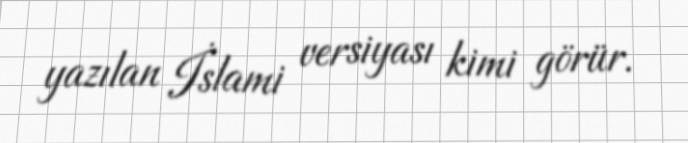
yazılan İslami versiyası kimi görür.